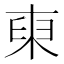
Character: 𱣟